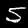
Digit: 5